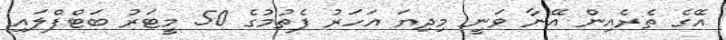
އޭގެ ތެރެއިން އޭނާ ވަނީ މިދިޔަ އަހަރު ފެތުމުގެ 50 މީޓަރު ބަޓްފްލައި